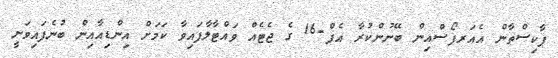
ޕާކިސްތާން އެއަރފޯސްއިން ބޭނުންކުރާ އެފް-16 ގެ ޖެޓެއް ވައްޓާލާފައިވާ ކަމަށް އިންޑިއާއިން ބުނެފައިވަނީ